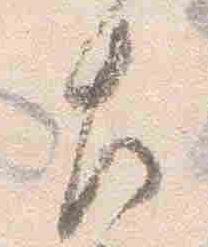
左